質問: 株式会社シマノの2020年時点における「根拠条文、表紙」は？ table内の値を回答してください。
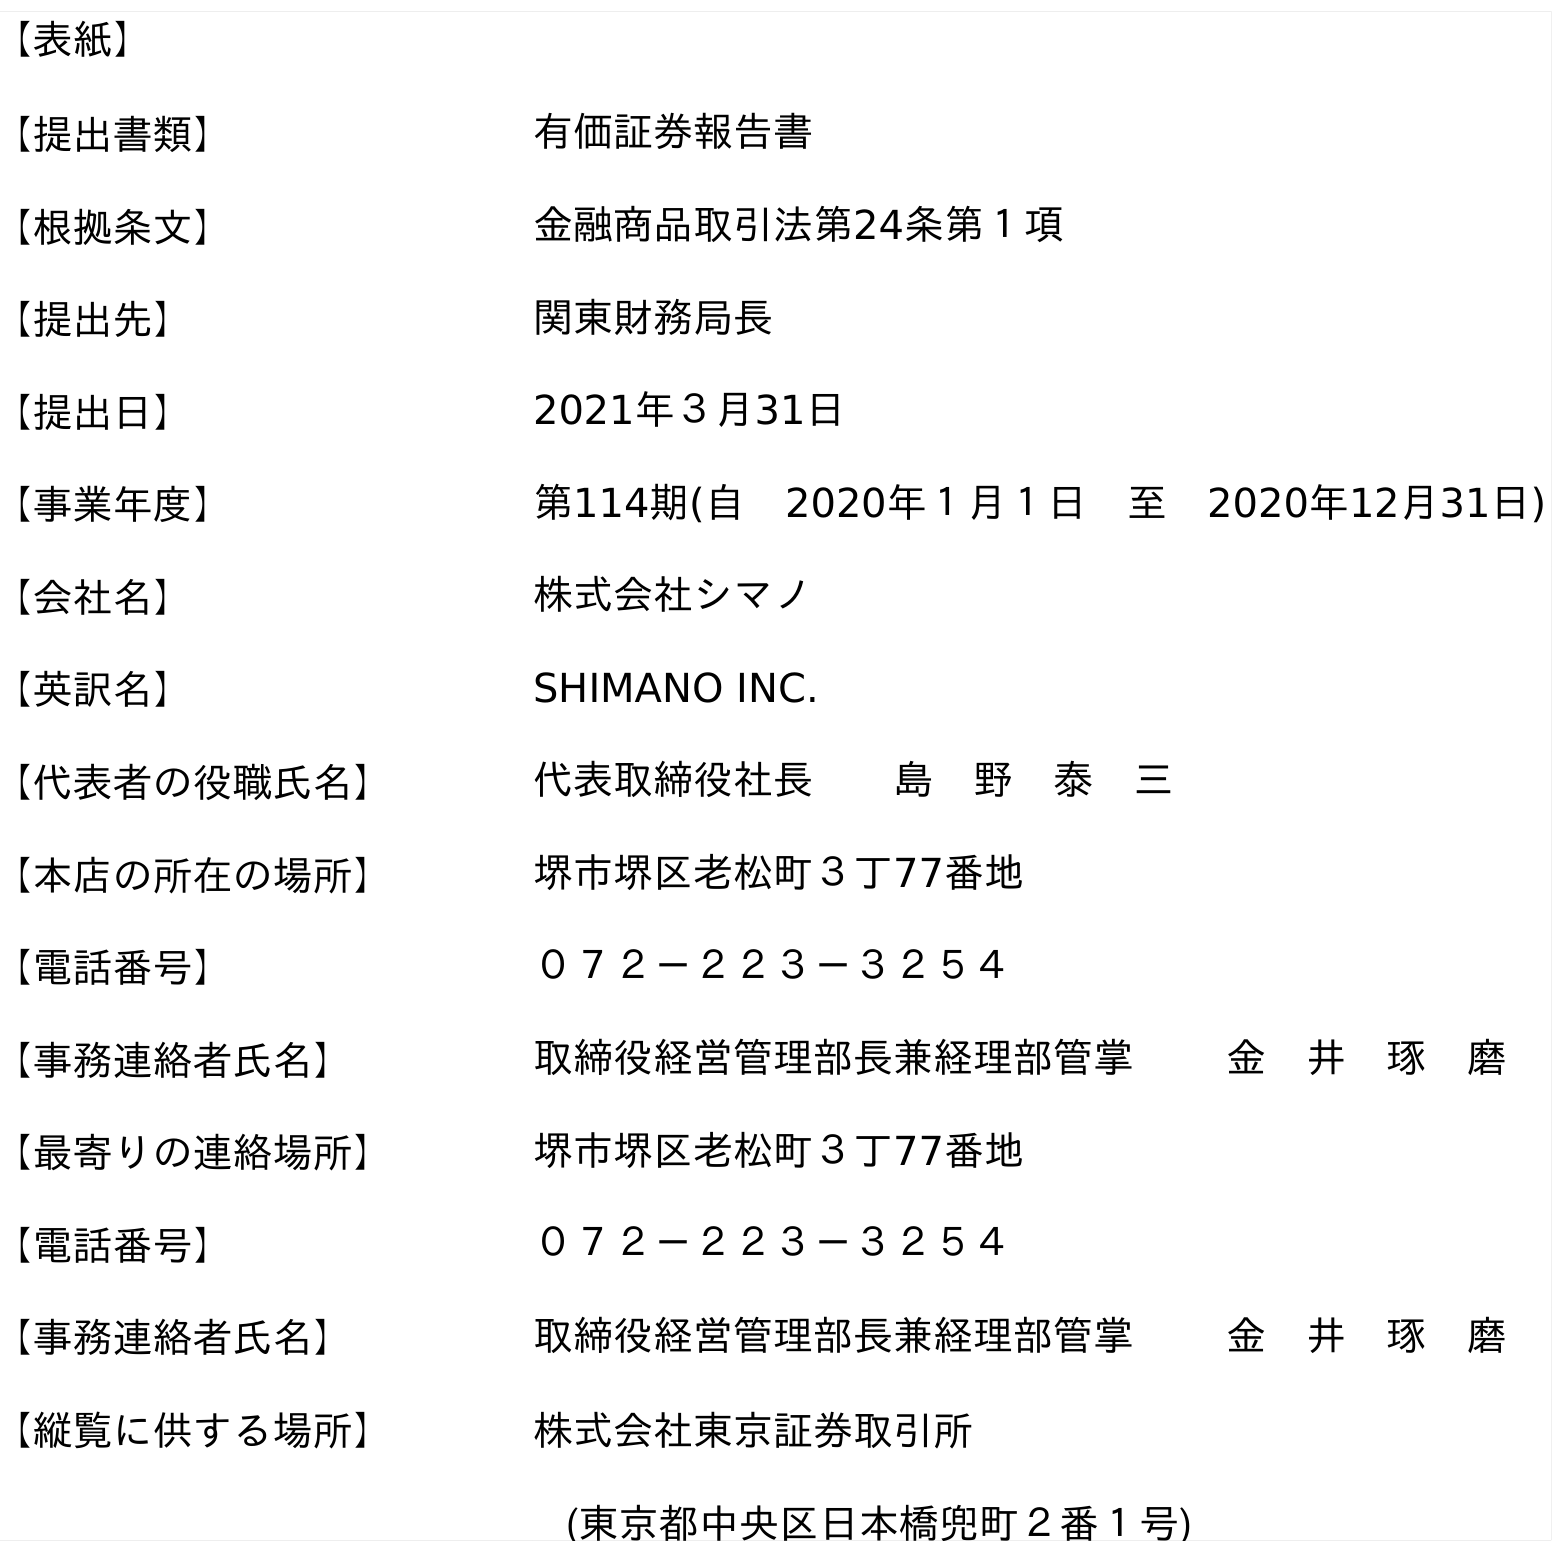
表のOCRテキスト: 【表紙】 【提出書類】 有価証券報告書 【根拠条文】 金融商品取引法第24条第１項 【提出先】 関東財務局長 【提出日】 2021年３月31日 【事業年度】 第114期(自 2020年１月１日 至 2020年12月31日) 【会社名】 株式会社シマノ 【英訳名】 SHIMANO INC. 【代表者の役職氏名】 代表取締役社長  島 野 泰 三 【本店の所在の場所】 堺市堺区老松町３丁77番地 【電話番号】 ０７２－２２３－３２５４ 【事務連絡者氏名】 取締役経営管理部長兼経理部管掌   金 井 琢 磨 【最寄りの連絡場所】 堺市堺区老松町３丁77番地 【電話番号】 ０７２－２２３－３２５４ 【事務連絡者氏名】 取締役経営管理部長兼経理部管掌   金 井 琢 磨 【縦覧に供する場所】 株式会社東京証券取引所 (東京都中央区日本橋兜町２番１号)
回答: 金融商品取引法第24条第１項